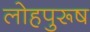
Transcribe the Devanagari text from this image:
लोहपुरूष